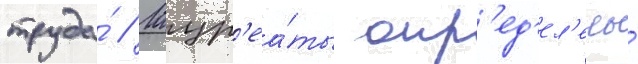
труда́ // Лаур'еа́ты опр'ед'ел'ены́